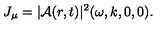
J _ { \mu } = | { \cal A } ( r , t ) | ^ { 2 } ( \omega , k , 0 , 0 ) .